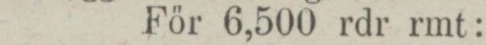
För 6,500 rdr rmt: